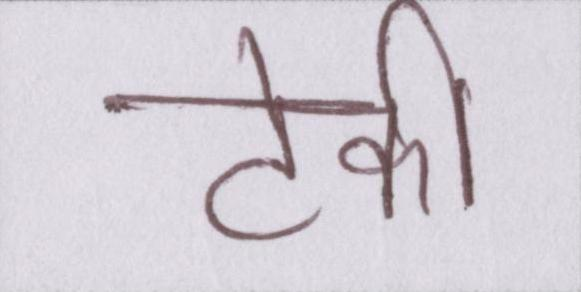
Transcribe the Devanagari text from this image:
टेकी